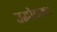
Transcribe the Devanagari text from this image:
उद्घोषक।